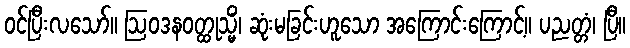
ဝင်ပြီးလသော်။ ဩဝဒနဝတ္ထုသ္မိံ၊ ဆုံးမခြင်းဟူသော အကြောင်းကြောင့်။ ပညတ္တံ၊ ပြီ။